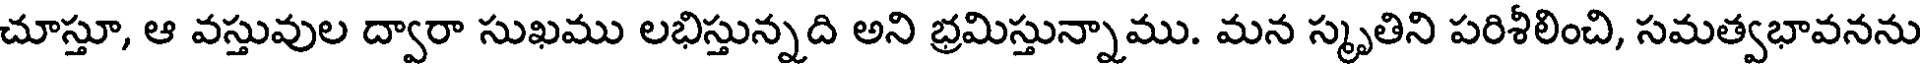
చూస్తూ, ఆ వస్తువుల ద్వారా సుఖము లభిస్తున్నది అని భ్రమిస్తున్నాము. మన స్మృతిని పరిశీలించి, సమత్వభావనను